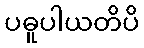
ပဓူပါယတိပိ